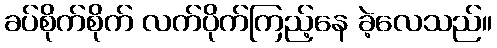
ခပ်စိုက်စိုက် လက်ပိုက်ကြည့်နေ ခဲ့လေသည်။